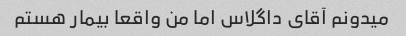
میدونم آقای داگلاس اما من واقعا بیمار هستم